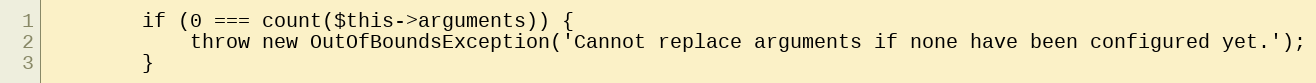
Language: PHP
        if (0 === count($this->arguments)) {
            throw new OutOfBoundsException('Cannot replace arguments if none have been configured yet.');
        }